Report of an investigation into the causes of malaria in Bombay and the measures necessary for its control
Disease focus: Malaria
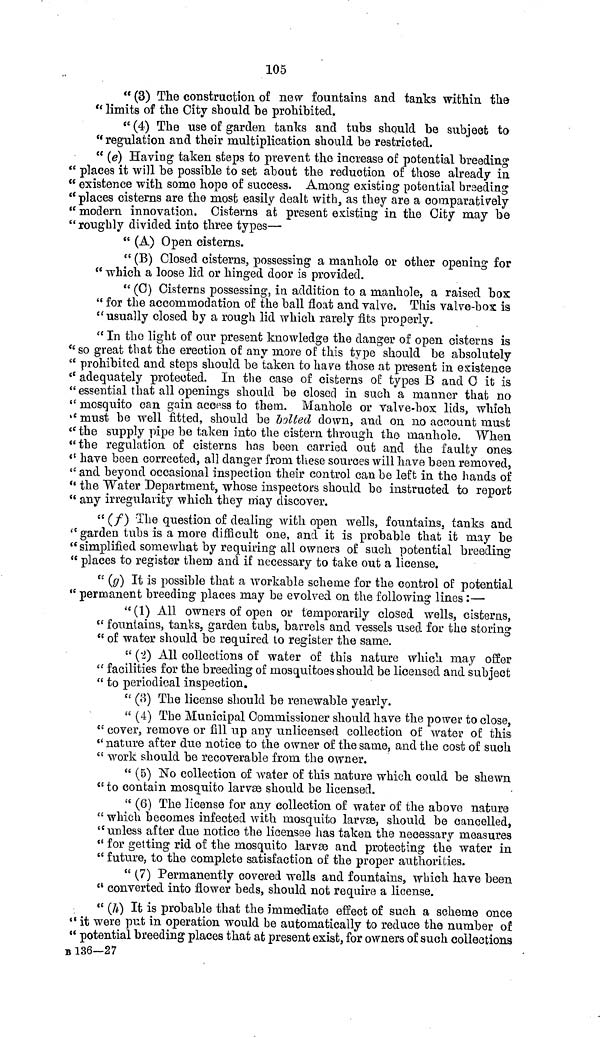
105
" (3) The construction of new fountains and tanks within the
" limits of the City should he prohibited.
" (4) The use of garden tanks and tubs should he subject to
"regulation and their multiplication should be restricted.
" (e) Having taken steps to prevent the increase of potential breeding
" places it will be possible to set about the reduction of those already in
" existence with some hope of success. Among existing potential breeding
" places cisterns are the most easily dealt with, as they are a comparatively
" modern innovation. Cisterns at present existing in the City may he
" roughly divided into three types—
" (A) Open cisterns.
" (B) Closed cisterns, possessing a manhole or other opening for
" which a loose lid or hinged door is provided.
" (C) Cisterns possessing, in addition to a manhole, a raised box
" for the accommodation of the ball float and valve. This valve-box is
" usually closed by a rough lid which rarely fits properly.
" In the light of our present knowledge the danger of open cisterns is
"so great that the erection of any more of this type should be absolutely
" prohibited and steps should be taken to have those at present in existence
" adequately protected. In the case of cisterns of types B and C it is
" essential that all openings should be closed in such a manner that no
" mosquito can gain access to them. Manhole or valve-box lids, which
" must be well fitted, should be bolted down, and on no account must
" the supply pipe be taken into the cistern through the manhole. When
"the regulation of cisterns has been carried out and the faulty ones
" have been corrected, all danger from these sources will have been removed,
" and beyond occasional inspection their control can be left in the hands of
" the Water Department, whose inspectors should be instructed to report
" any irregularity which they may discover.
" (f) The question of dealing with open wells, fountains, tanks and
"garden tubs is a more difficult one, and it is probable that it may he
" simplified somewhat by requiring all owners of such potential breeding
" places to register them and if necessary to take out a license.
" (g) It is possible that a workable scheme for the control of potential
" permanent breeding places may be evolved on the following lines:—
"(1) All owners of open or temporarily closed wells, cisterns,
" fountains, tanks, garden tubs, barrels and vessels used for the storing
" of water should be required to register the same.
" (2) All collections of water of this nature which may offer
" facilities for the breeding of mosquitoes should be licensed and subject
" to periodical inspection.
" (3) The license should be renewable yearly.
" (4) The Municipal Commissioner should have the power to close,
" cover, remove or fill up any unlicensed collection of water of this
" nature after due notice to the owner of the same, and the cost of such
" work should be recoverable from the owner.
" (5) No collection of water of this nature which could be shewn
" to contain mosquito larvae should be licensed.
" (6) The license for any collection of water of the above nature
" which becomes infected with mosquito larvae, should be cancelled,
" unless after due notice the licensee has taken the necessary measures
" for getting rid of the mosquito larvae and protecting the water in
" future, to the complete satisfaction of the proper authorities.
" (7) Permanently covered wells and fountains, which have been
" converted into flower beds, should not require a license.
" (h) It is probable that the immediate effect of such a scheme once
" it were put in operation would be automatically to reduce the number of
" potential breeding places that at present exist, for owners of such collections
B 136—27